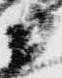
衛